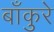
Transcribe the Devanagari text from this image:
बाँकुरे